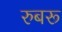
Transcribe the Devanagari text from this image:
रुबरू